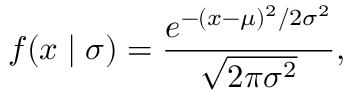
f ( x \mid \sigma ) = { \frac { e ^ { - ( x - \mu ) ^ { 2 } / 2 \sigma ^ { 2 } } } { \sqrt { 2 \pi \sigma ^ { 2 } } } } ,